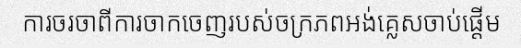
ការចរចាពីការចាកចេញរបស់ចក្រភពអង់គ្លេសចាប់ផ្តើម